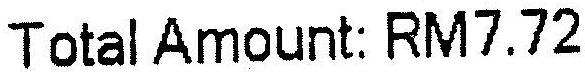
TOTAL AMOUNT: RM7.72